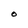
Character: O